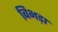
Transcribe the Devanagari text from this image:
बिभड़ा